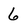
Character: 6